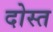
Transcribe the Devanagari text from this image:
दोस्त